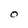
Character: O